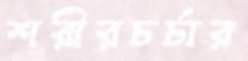
শরীরচর্চার